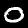
Digit: 0